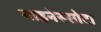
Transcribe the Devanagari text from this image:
माइनेस्सोटा